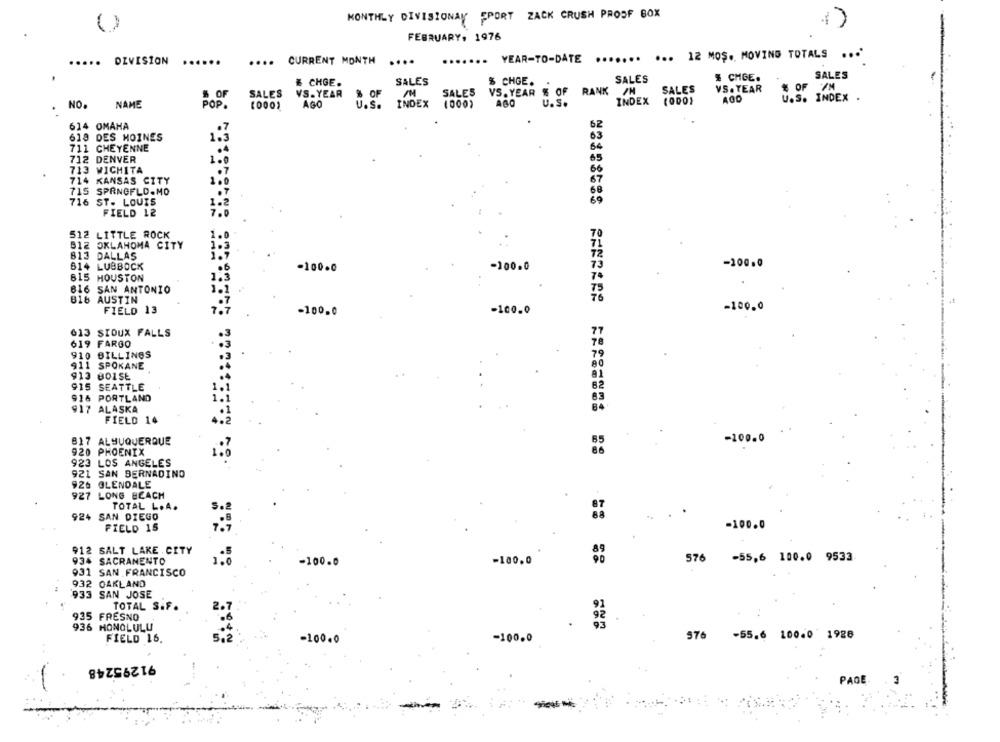
MONTHLY DIVISIONAY PPORT ZACK CRUSH PROOF BOX
1)
FEBRUARY. 1976
- YEAR-TO-DATE
.......
...
... 12 MOŞ. MOVING TOTALS ...
.....
DIVISION
....
CURRENT MONTH
.....
SALES
₺ CHGE.
SALES
& CHGE.
SALES
# CHGE.
SALES
VS. YEAR
$ OF 7M
S OF
SALES
VS.YEAR
$ OF
SALES
VS. YEAR
% OF RANK /M
U.S. INDEX .
NAME
POP
AGO
INDEX (000)
U. S.
INDEX
(ODO)
NO.
U. S.
614 OMAHA
.7
62
63
618 DES MOINES
1.3
711 CHEYENNE
.4
64
65
712 DENVER
1.0
713 WICHITA
.7
66
67
714 KANSAS CITY
715 SPRNGFLD.MO
1.2
69
716 ST. LOUIS
FIELD 12
512 LITTLE ROCK
B12 OKLAHOMA CITY
813 DALLAS
614 LUBBOCK
-100.0
-100.0
-100.0
B15 HOUSTON
1.3
816 SAN ANTONIO
1.1
816 AUSTIN
-100.0
FIELD 13
7.7
-100.0
-100.0
613 SIOUX FALLS
619 FARGO
910 BILLINGS
911 SPOKANE
913 801SE
915 SEATTLE
916 PORTLAND
917 ALASKA
FIELD 14
-100.0
817 ALBUQUERQUE
920 PHOENIX
923 LOS ANGELES
921 SAN BERNADINO
926 GLENDALE
927 LONG BEACH
TOTAL L.A.
924 SAN DIEGO
-100.0
FIELD 15
912 SALT LAKE CITY
934 SACRAMENTO
-100.0
-100.0
576 -55,6 100.0 9533
931 SAN FRANCISCO
932 OAKLAND
933 SAN JOSE
TOTAL S.F.
92
935 FRESNO
936 HONOLULU
FIELD 16.
5,2
-100.0
-100.0
576 -55.6 100.0 1928
91295248
PAGE